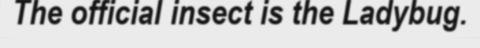
The official insect is the Ladybug.